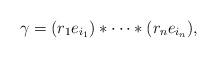
LaTeX: \begin{align*}\gamma = (r_{1}e_{i_{1}}) * \cdots *(r_{n}e_{i_{n}}), \end{align*}